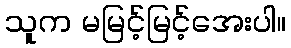
သူက မမြင့်မြင့်အေးပါ။